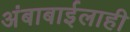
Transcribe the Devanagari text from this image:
अंबाबाईलाही